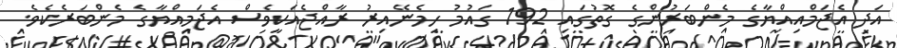
އަދި އެޖަމްއިއްޔާގެ މެންބަރުންގެ ގޮތުގައި 192 ގައުމު ހިމެނޭއިރު ރާއްޖެއަކީވެސް އެޖަމިއްޔާގެ މެންބަރެކެވެ.